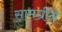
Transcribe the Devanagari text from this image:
सामग्रीने